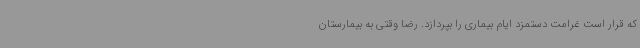
که قرار است غرامت دستمزد ایام بیماری را بپردازد. رضا وقتی به بیمارستان